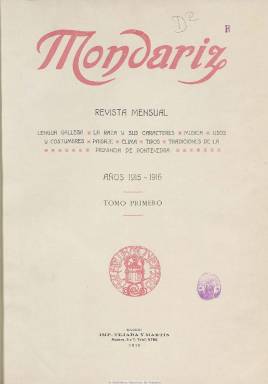
Título: Mondariz (Madrid)
Colección: Revistas de información general || Salud e higiene
Ámbito geográfico: Madrid
Lugar de publicación: Madrid
Fechas: 01/05/1915-20/04/1922

Su título corresponde al nombre del actual municipio pontevedrés Mondariz-Balneario, en el valle del río Tea, en donde se encuentra el Establecimiento de Aguas Bicarbonatado-Sódicas o minero-medicinales, que habían sido declaradas de utilidad pública en 1871. Aparece su primer número (o prospecto) el uno de mayo 1915, inspirado y fundado por el médico Enrique Peinador Vela (1847-1917), propietario, junto a su hermano, del citado establecimiento. Aunque su primer subtítulo es “revista mensual”, al no poder cumplir más adelante esta periodicidad, será modificado por el de “revista ilustrada”, que refleja más atinadamente el enorme valor que tendrán sus numerosas ilustraciones, además de sus destacadas e importantes colaboraciones, no sólo las referidas a la medicina hidrológica, sino a las puramente literarias y a las divulgativas del entorno natural, monumental, antropológico y cultural gallego. Pues la revista fue más allá de ser un portavoz comercial de una industria turística en el primer tercio del siglo veinte para convertirse además en una de las mejores publicaciones gallegas de la época, tal como resalta Santos Gayoso (1990), tanto por su calidad de edición como por su nómina de colaboradores, pero también por el carácter galleguista que le quiso imprimir Peinador.

Su edición está datada en Madrid, estampándose, muy probablemente, en la Imprenta Clásica Española, en entregas de paginación variada, pero continuada hasta alcanzar las 894 páginas en total, compuestas a dos columnas sobre papel couché, salvo cuando algunas páginas lo fueron en papel prensa por falta de suministro. Su cubierta es impresa a varias tintas y bajo su cabecera indica una serie de epígrafes que dan cuenta del valor y contenidos de la revista: lengua gallega, la raza y sus caracteres, música, usos y costumbres, paisaje, clima, tipos y tradiciones de la provincia de Pontevedra. Su distribución fue gratuita entre los clientes del balneario y se difundió por España e Hispanoamérica.

La revista fue concebida por su inspirador como suplemento de La Temporada en Mondariz, el dominical también fundado por los Peinador en torno a 1879 y que solía aparecer en cada temporada de baños (entre mayo y septiembre), con nueva numeración anual, estampado en la propia imprenta establecida en el Balneario, de la que también salían otras obras sobre medicina o literarias o eran estampadas las etiquetas de las botellas de las aguas medicinales. Publicación esta que, al parecer, siguió publicándose hasta 1931.

Además de dar cuenta de los encantos naturales o monumentales de la región (castillos, templos, puentes, comunicaciones) donde está enclavado el balneario y su Gran Hotel, o de publicar artículos de médicos hidrólogos, profesores o facultativos clínicos, todo ello como atracción del turismo hacia Galicia y, en particular, el del balneario, los artífices de esta revista quisieron “hacer patria”, e insertaron una Galería de gallegos ilustres y una Galería de gallegas célebres, así como unas Efemérides gallegas, además de textos de creación literaria, tanto en prosa como en verso, algunos escritos en lengua gallega. De tal forma que entre las firmas de sus textos literarios aparecen los nombres de Rosalía de Castro, Wenceslao Fernández Flórez, Emilio Castelar, Alfredo Vicenti, Basilio Álvarez, Manuel Murguía, Ramón Cabanillas, Francisco Camba, Prudencio Canitort o Aurelio Ribalta.

Entre los asuntos de que trata la revista, además de los propios concernientes al Balneario de Mondariz, se pueden hallar los referidos a usos, tradiciones y costumbres, montes, valles, ríos, turismo y comunicaciones en Galicia, descripción de las bellezas de Vigo, playas gallegas, Castillo de Salvatierra, Catedral de Santiago o el Santuario de La Franqueira. Además de artículos clínicos sobre las aguas de Mondariz, en su sección Biografías y opiniones médicas, aparecen artículos médicos junto a las semblanzas biográficas de sus autores. Por sus  páginas desfilan numerosos fotograbados: retratos, vistas, panorámicas, monumentos, puentes, comunicaciones terrestres o tipos y escenas populares, y entre ellos el de la visita de S.A.R. la Infanta Doña Isabel de Borbón al balneario en 1914 o los denominados facsímiles autógrafos del Álbum de Mondariz, como el de Castelar, además de reproducciones artísticas y dibujos de C. Sobrino o Mariano Pedrero, siendo este el autor del dibujo de las cabeceras, los adornos y las viñetas.

A partir del número 38, correspondiente al 20 de marzo de 1920, la revista editará un suplemento bajo el título La hoja hidrológica, dirigido por el doctor Hipólito Rodríguez-Pinilla (1860-1936), quien ocuparía en la Universidad Central de Madrid la primera cátedra de Hidrología Médica. El 46 es el último número de la colección de la revista en la Biblioteca Nacional de España, que corresponde al 20 de abril de 1922. A partir de 2006 aparece Foro de encuentros de Mondariz, al que se considera como continuación o segunda época de esta publicación.